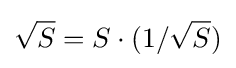
{\sqrt {S}}=S\cdot (1/{\sqrt {S}})